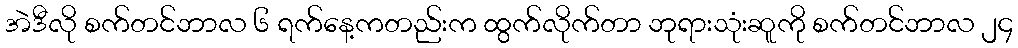
အဲဒီလို စက်တင်ဘာလ ၆ ရက်နေ့ကတည်းက ထွက်လိုက်တာ ဘုရားသုံးဆူကို စက်တင်ဘာလ ၂၄